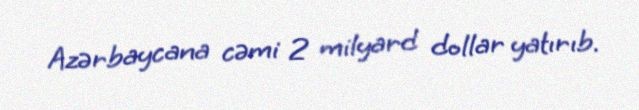
Azərbaycana cəmi 2 milyard dollar yatırıb.